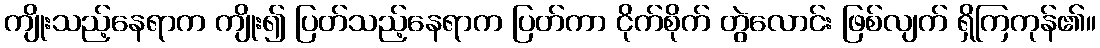
ကျိုးသည့်နေရာက ကျိုး၍ ပြတ်သည့်နေရာက ပြတ်ကာ ငိုက်စိုက် တွဲလောင်း ဖြစ်လျက် ရှိကြကုန်၏။